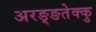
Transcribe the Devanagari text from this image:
अरङ्ङतेक्कु